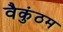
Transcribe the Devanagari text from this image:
वैकुंठम